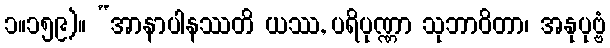
၁။၁၅၉)။ “အာနာပါနဿတိ ယဿ, ပရိပုဏ္ဏာ သုဘာဝိတာ၊ အနုပုဗ္ဗံ